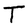
Character: T